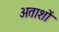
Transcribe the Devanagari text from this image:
अताशों